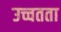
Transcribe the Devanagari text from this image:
उच्चतता